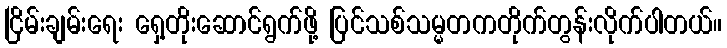
ငြိမ်းချမ်းရေး ရှေ့တိုးဆောင်ရွက်ဖို့ ပြင်သစ်သမ္မတကတိုက်တွန်းလိုက်ပါတယ်။